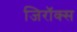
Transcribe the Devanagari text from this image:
जिरॉक्स